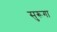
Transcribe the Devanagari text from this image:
सुरूगा